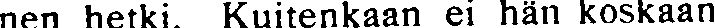
nen hetki. Kuitenkaan ei hän koskaan